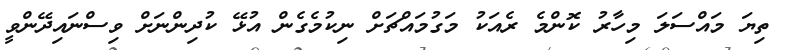
ތިޔަ މައްސަލަ މިހާރު ކޮންމެ ރެއަކު މަގުމައްޗަށް ނިކުމެގެން އުޅޭ ކުދިންނަށް ވިސްނައިދޭންވީ